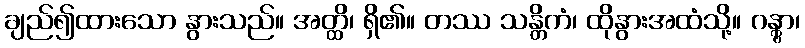
ချည်၍ထားသော နွားသည်။ အတ္ထိ၊ ရှိ၏။ တဿ သန္တိကံ၊ ထိုနွားအထံသို့။ ဂန္တွာ၊